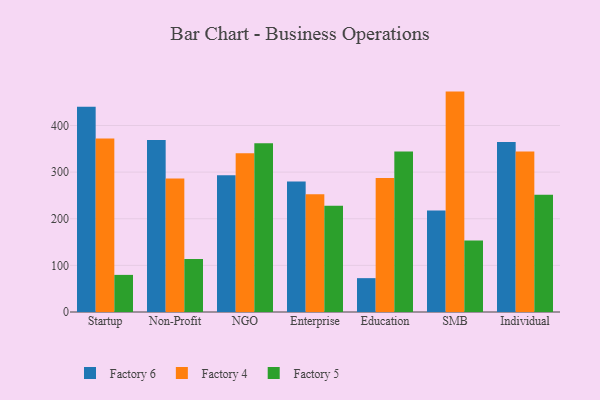
{"axis": {"x": "Segment", "y": "Net Income (USD K)"}, "legend": ["Factory 4", "Factory 5", "Factory 6"], "data": [{"x": "Startup", "y": 440.4, "type": "Factory 6"}, {"x": "Startup", "y": 372.1, "type": "Factory 4"}, {"x": "Startup", "y": 79.6, "type": "Factory 5"}, {"x": "Non-Profit", "y": 368.7, "type": "Factory 6"}, {"x": "Non-Profit", "y": 286.4, "type": "Factory 4"}, {"x": "Non-Profit", "y": 113.7, "type": "Factory 5"}, {"x": "NGO", "y": 293.5, "type": "Factory 6"}, {"x": "NGO", "y": 340.3, "type": "Factory 4"}, {"x": "NGO", "y": 361.8, "type": "Factory 5"}, {"x": "Enterprise", "y": 279.9, "type": "Factory 6"}, {"x": "Enterprise", "y": 252.3, "type": "Factory 4"}, {"x": "Enterprise", "y": 228.1, "type": "Factory 5"}, {"x": "Education", "y": 72.6, "type": "Factory 6"}, {"x": "Education", "y": 287.3, "type": "Factory 4"}, {"x": "Education", "y": 344.0, "type": "Factory 5"}, {"x": "SMB", "y": 217.7, "type": "Factory 6"}, {"x": "SMB", "y": 472.7, "type": "Factory 4"}, {"x": "SMB", "y": 153.3, "type": "Factory 5"}, {"x": "Individual", "y": 364.6, "type": "Factory 6"}, {"x": "Individual", "y": 344.2, "type": "Factory 4"}, {"x": "Individual", "y": 251.4, "type": "Factory 5"}]}